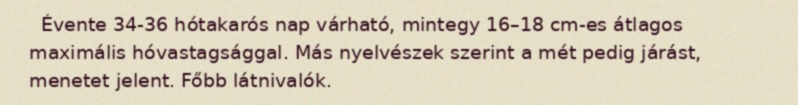
Évente 34-36 hótakarós nap várható, mintegy 16–18 cm-es átlagos maximális hóvastagsággal. Más nyelvészek szerint a mét pedig járást, menetet jelent. Főbb látnivalók.